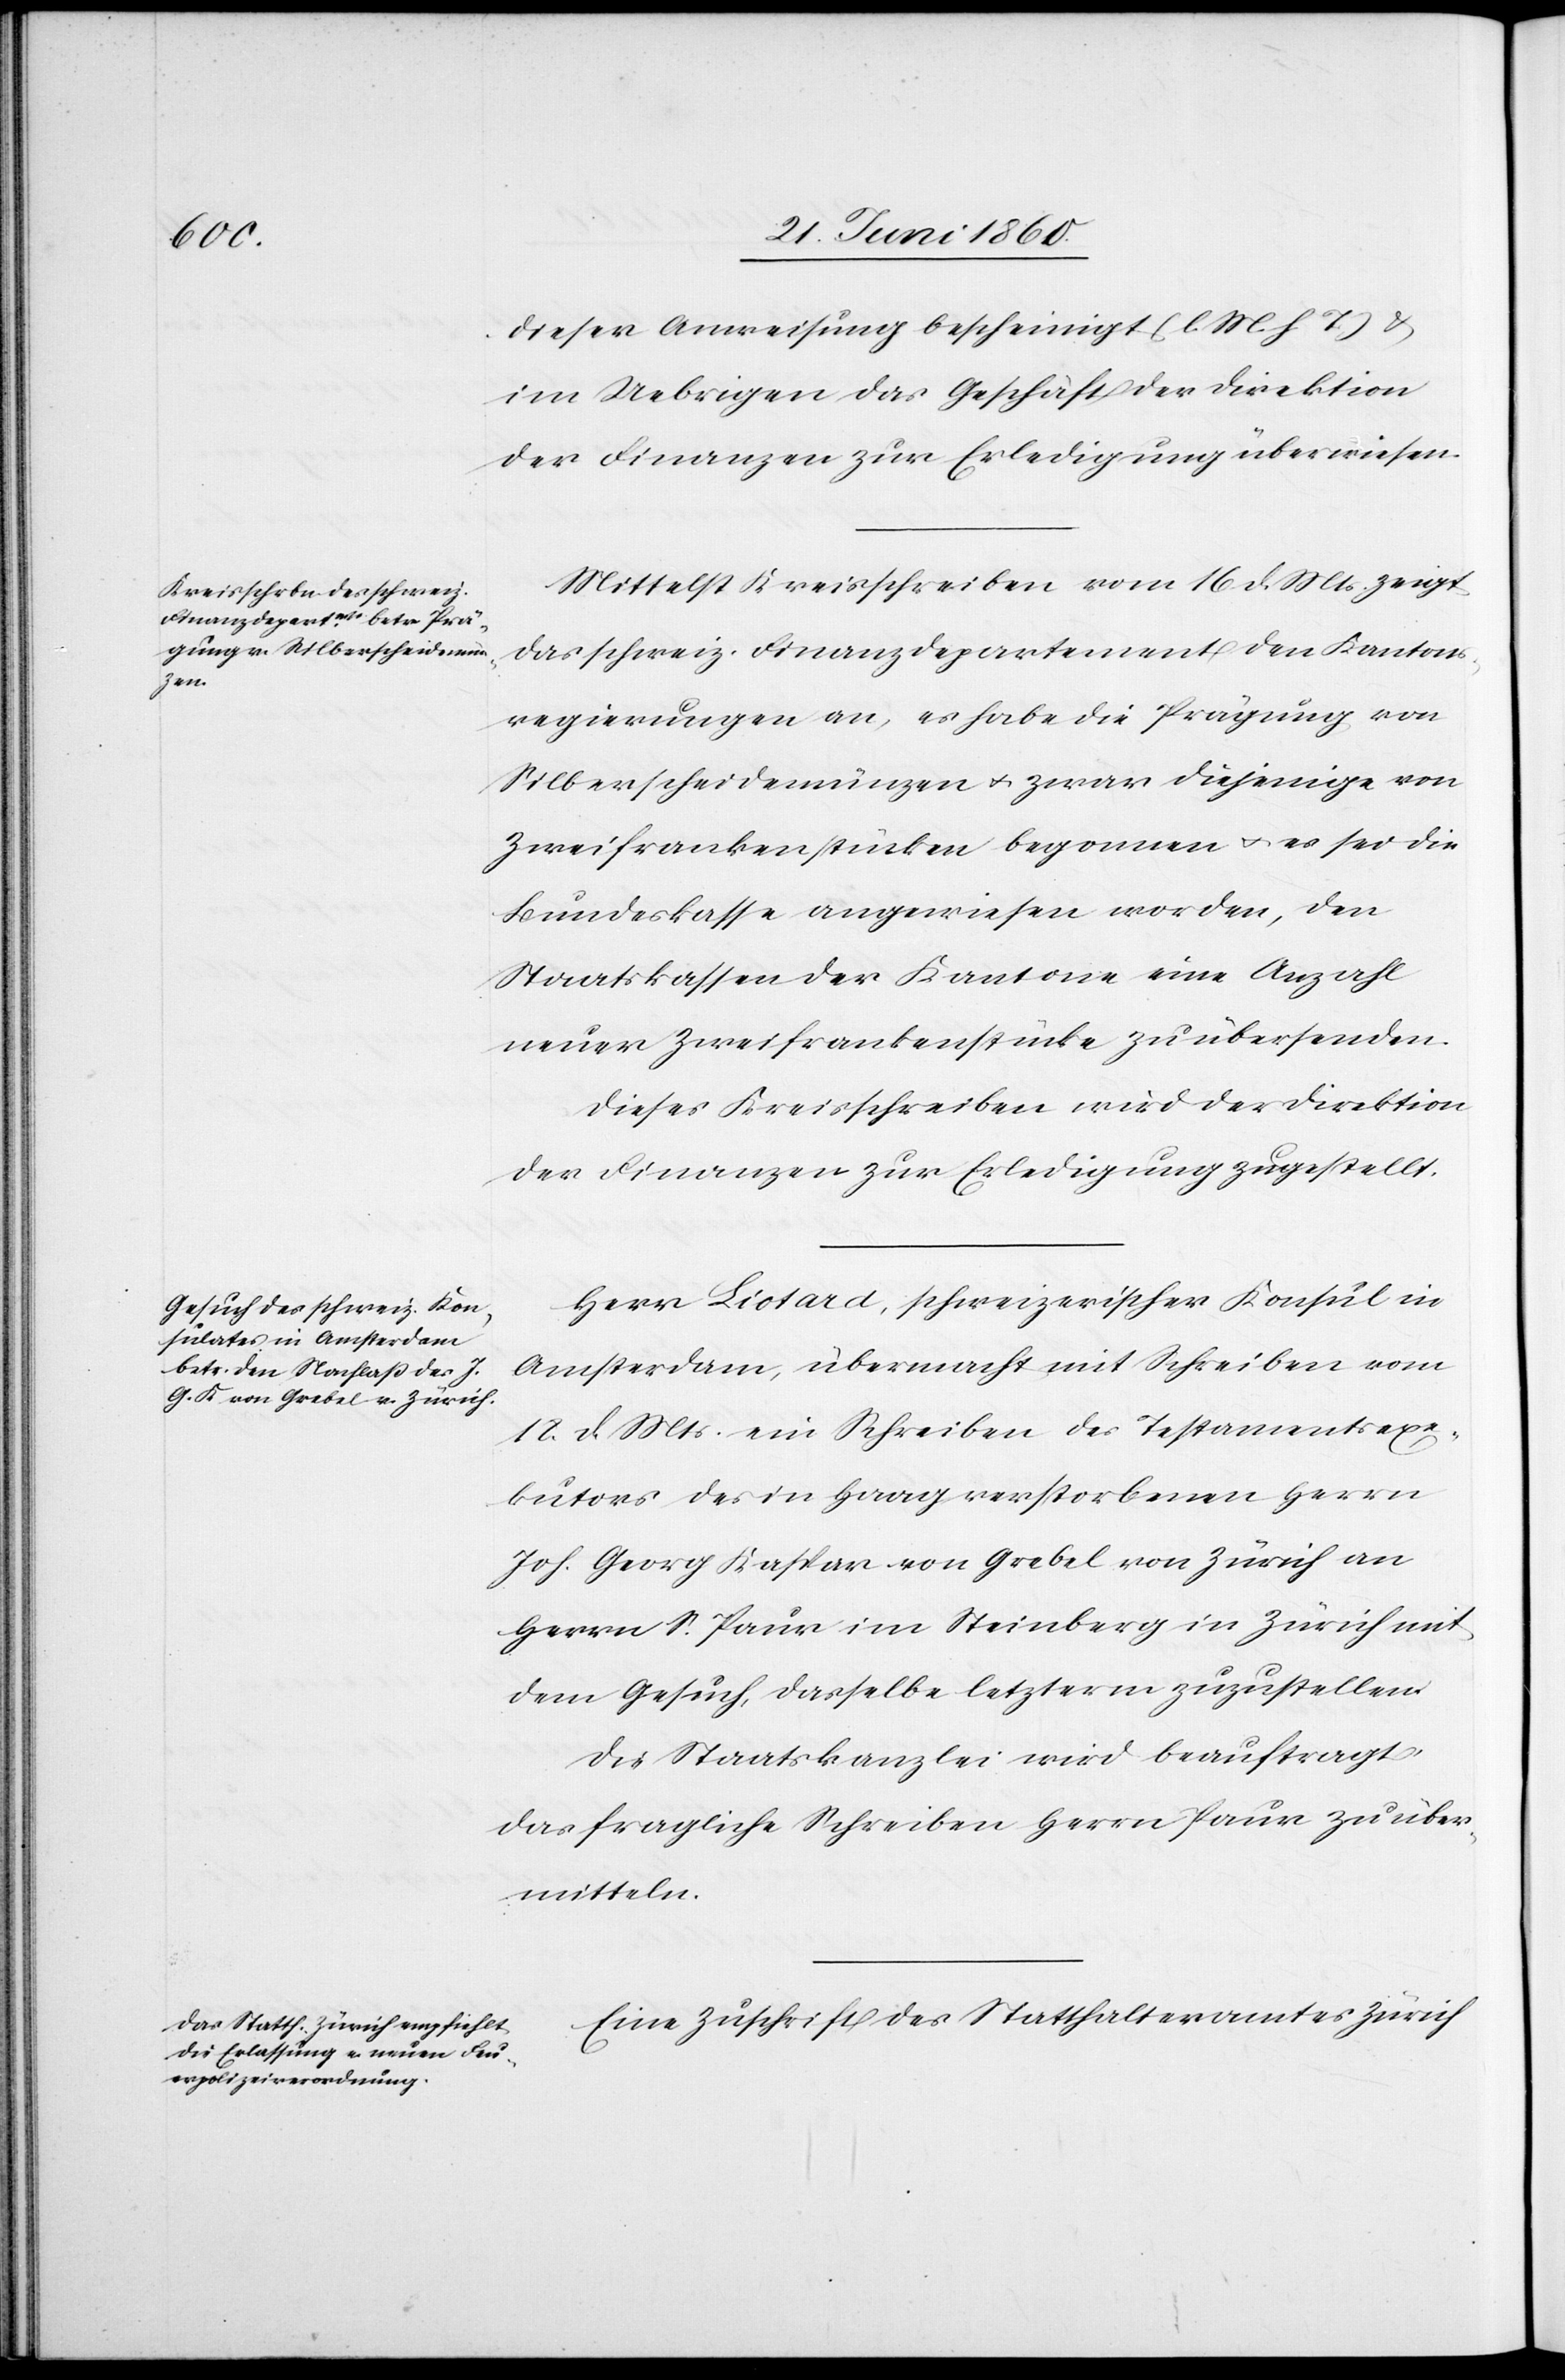
dieser Anweisung bescheinigt (l. M. h. T) u.
im Uebrigen das Geschäft der Direktion
der Finanzen zur Erledigung überwiesen.
Mittelst Kreisschreiben vom 16. d. Mts. zeigt
das schweiz. Finanzdepartement den Kantons¬
regierungen an, es habe die Prägung von
Silberscheidemünzen u. zwar diejenige von
Zweifrankenstücken begonnen u. es sei die
Bundeskasse angewiesen worden, den
Staatskassen der Kantone eine Anzahl
neuer Zweifrankenstücke zu übersenden.
Dieses Kreisschreiben wird der Direktion
der Finanzen zur Erledigung zugestellt.
Herr Liotard, schweizerischer Konsul in
Amsterdam, übermacht mit Schreiben vom
18. d. Mts. ein Schreiben des Testamentsexe¬
kutors des in Haag verstorbenen Herrn
Joh. Georg Kaspar von Grebel von Zürich an
Herrn S. Paur im Steinberg in Zürich mit
dem Gesuch, dasselbe letzterm zuzustellen.
Die Staatskanzlei wird beauftragt
das fragliche Schreiben Herrn Paur zu über¬
mitteln.
Eine Zuschrift des Statthalteramtes Zürich